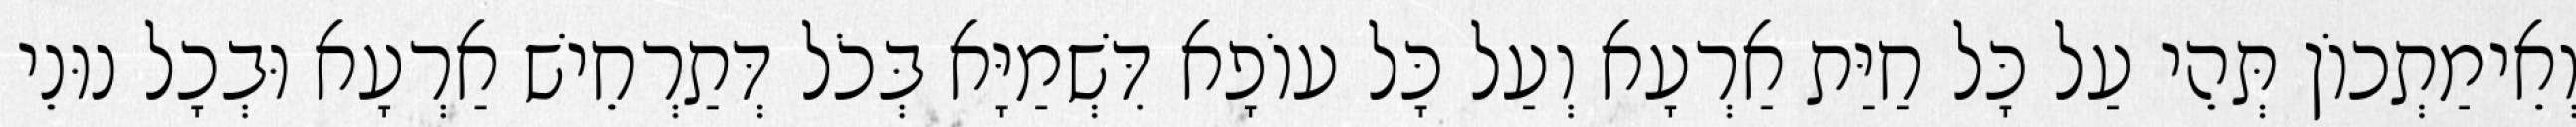
וְאֵימַתְכוֹן תְּהֵי עַל כָּל חַיַּת אַרְעָא וְעַל כָּל עוֹפָא דִּשְׁמַיָּא בְּכֹל דְּתַרְחֵישׁ אַרְעָא וּבְכָל נוּנֵי